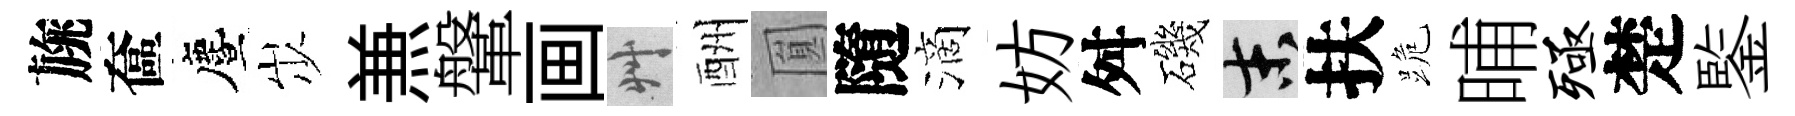
旐奩󵨌𡵯𠔥鞶画艸酬圎隨滴妨舛磯末扶跪晡殛楚鍳